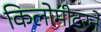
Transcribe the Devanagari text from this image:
किलोमीटरने